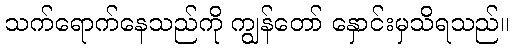
သက်ရောက်နေသည်ကို ကျွန်တော် နှောင်းမှသိရသည်။